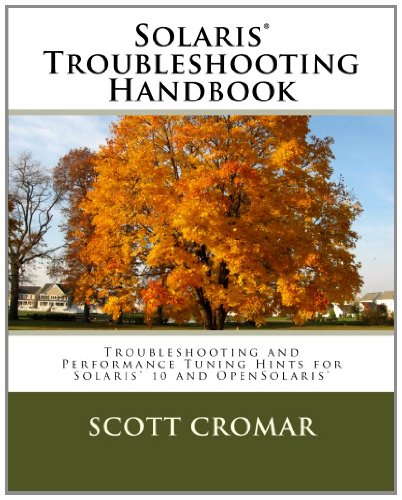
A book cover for SolarisÂ® Troubleshooting Handbook: Troubleshooting and Performance Tuning Hints for SolarisÂ® 10 and OpenSolarisÂ®; Scott Cromar; Computers & Technology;